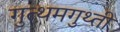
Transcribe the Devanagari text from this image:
गुत्थमगुथ्ती